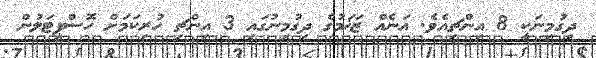
ދިގުމިނަކީ 8 އިންޗިއެވެ. އަނެއް ޒަޚަމުގެ ދިގުމިނުގައި 3 އިންޗި ހުރިކަމަށް ހޮސްޕިޓަލުން